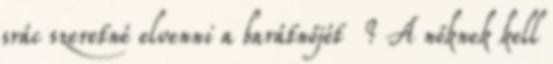
srác szeretné elvenni a barátnőjét ? A nőknek kell